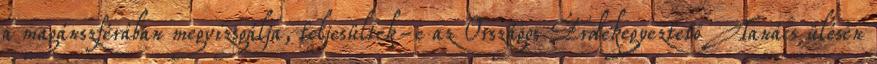
a magánszférában megvizsgálja, teljesültek-e az Országos Érdekegyeztető Tanács ülésén